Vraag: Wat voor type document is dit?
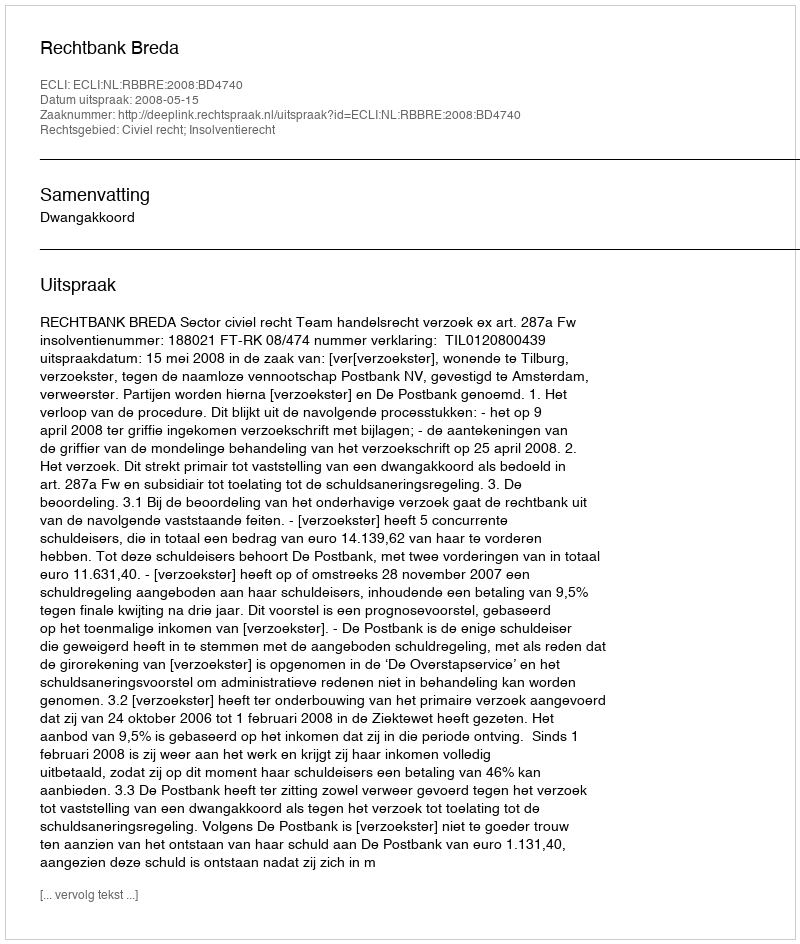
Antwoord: Uitspraak